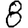
Digit: 8